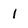
Character: l